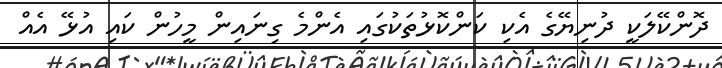
ދޮންކޭލަކީ ދުނިޔޭގެ އެކި ކަންކޮޅުތަކުގައި އެންމެ ގިނައިން މީހުން ކައި އުޅޭ އެއް